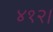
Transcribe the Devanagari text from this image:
४१२।